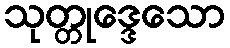
သုတ္တုဒ္ဒေသော